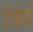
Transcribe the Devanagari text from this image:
टेकेई